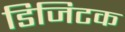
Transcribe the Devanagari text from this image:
डिजिटक